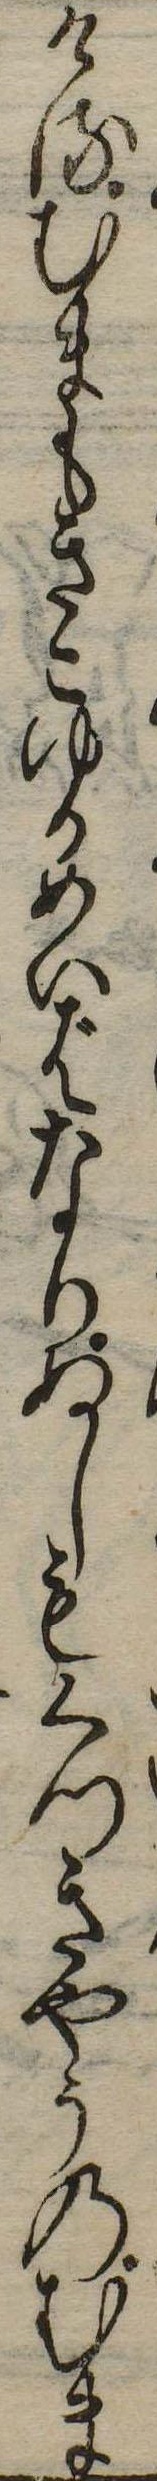
けるむまもきこゆるめいばなりぬしもくつきやうのむま